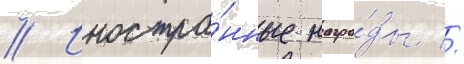
// Иностра́нные награ́ды //